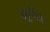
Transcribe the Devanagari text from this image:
ड्युविल